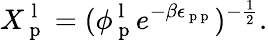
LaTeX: X_{\mathrm{~p~}}^{\mathrm{~l~}}=(\phi_{\mathrm{~p~}}^{\mathrm{~l~}}e^{-\beta\epsilon_{\mathrm{~p~p~}}})^{-\frac{1}{2}}.